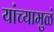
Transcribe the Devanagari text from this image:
यांच्यामुळं